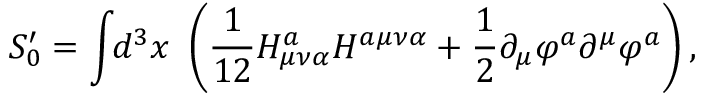
S _ { 0 } ^ { \prime } = \int \! \! d ^ { 3 } x ~ \left( \frac 1 { 1 2 } H _ { \mu \nu \alpha } ^ { a } H ^ { a \mu \nu \alpha } + \frac 1 2 \partial _ { \mu } \varphi ^ { a } \partial ^ { \mu } \varphi ^ { a } \right) ,